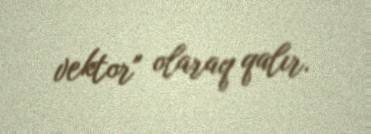
vektor" olaraq qalır.